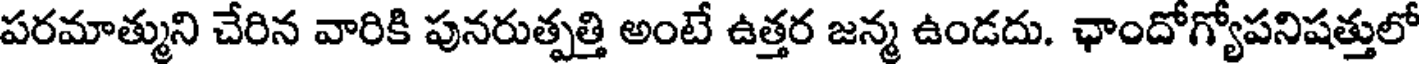
పరమాత్ముని చేరిన వారికి పునరుత్పత్తి అంటే ఉత్తర జన్మ ఉండదు. ఛాందోగ్యోపనిషత్తులో